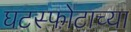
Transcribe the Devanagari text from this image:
घटस्फोटाच्या